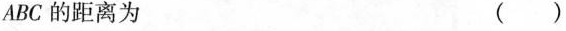
ABC 的距离为 ( )